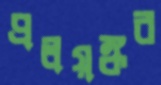
প্রলয়ঙ্কর